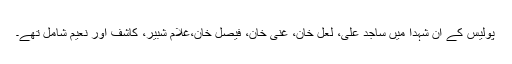
پولیس کے ان شہدا میں ساجد علی، لعل خان، غنی خان، فیصل خان،غلام شبیر، کاشف اور نعیم شامل تھے۔